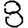
Digit: 8